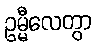
ဥမ္မီလေတွာ